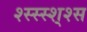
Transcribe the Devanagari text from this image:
श्स्स्स्श्श्स